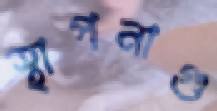
স্থাপনাগু